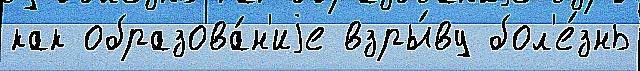
как образова́н'иjе взры́ву бол'е́знь